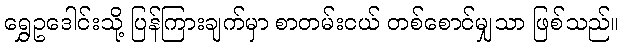
ရွှေဥဒေါင်းသို့ ပြန်ကြားချက်မှာ စာတမ်းငယ် တစ်စောင်မျှသာ ဖြစ်သည်။